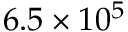
6 . 5 \times 1 0 ^ { 5 }